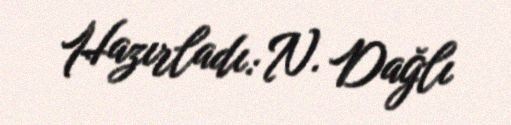
Hazırladı: N. Dağlı